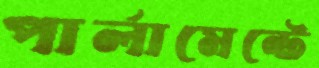
পার্লামেন্টে